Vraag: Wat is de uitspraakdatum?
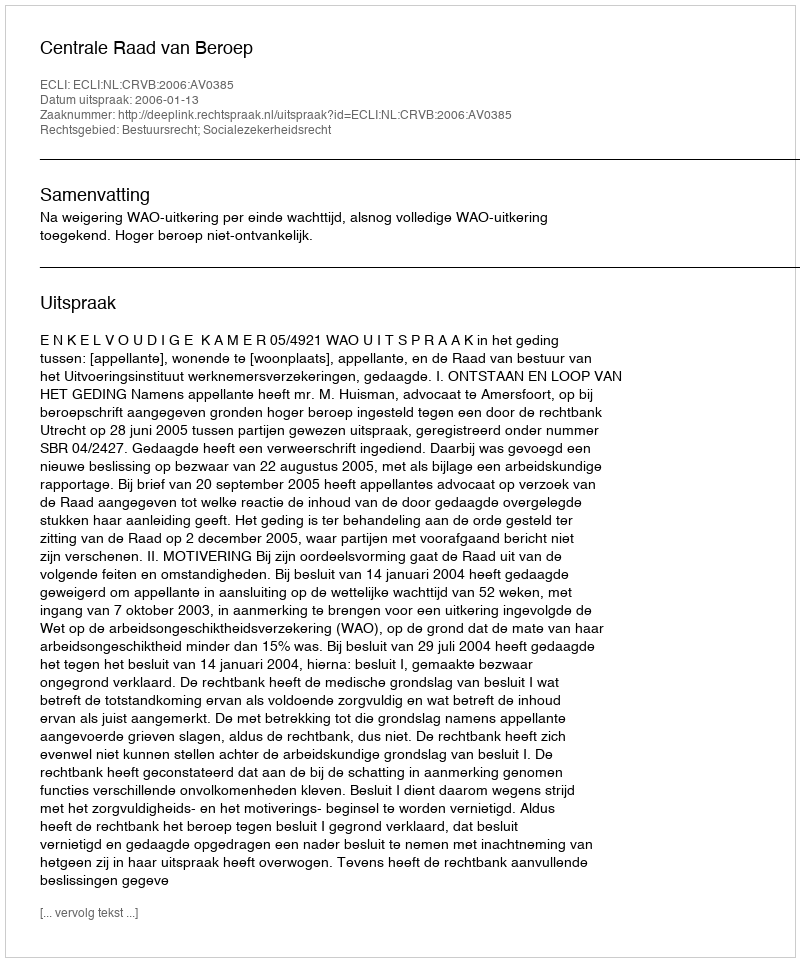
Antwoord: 2006-01-13